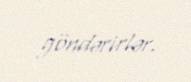
göndərirlər.